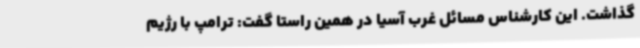
گذاشت. این کارشناس مسائل غرب آسیا در همین راستا گفت: ترامپ با رژیم